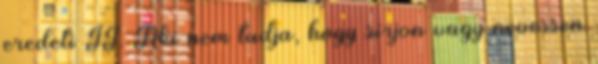
eredeti II. Aki nem tudja, hogy sírjon vagy nevessen